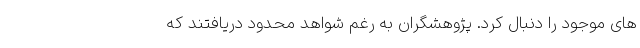
های موجود را دنبال کرد. پژوهشگران به رغم شواهد محدود دریافتند که